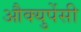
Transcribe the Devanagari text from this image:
औक्युपेंसी